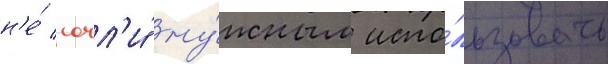
н'е́ сочл'и́ ну́жным испо́льзовать